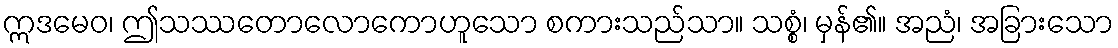
ဣဒမေဝ၊ ဤသဿတောလောကောဟူသော စကားသည်သာ။ သစ္စံ၊ မှန်၏။ အညံ၊ အခြားသော